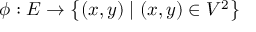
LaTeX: \phi : E \to \left\{ ( x , y ) \mid ( x , y ) \in V ^ { 2 } \right\}